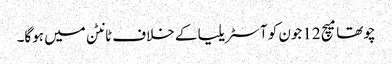
چوتھا میچ 12جون کو آسٹریلیا کے خلاف ٹانٹن میں ہوگا۔